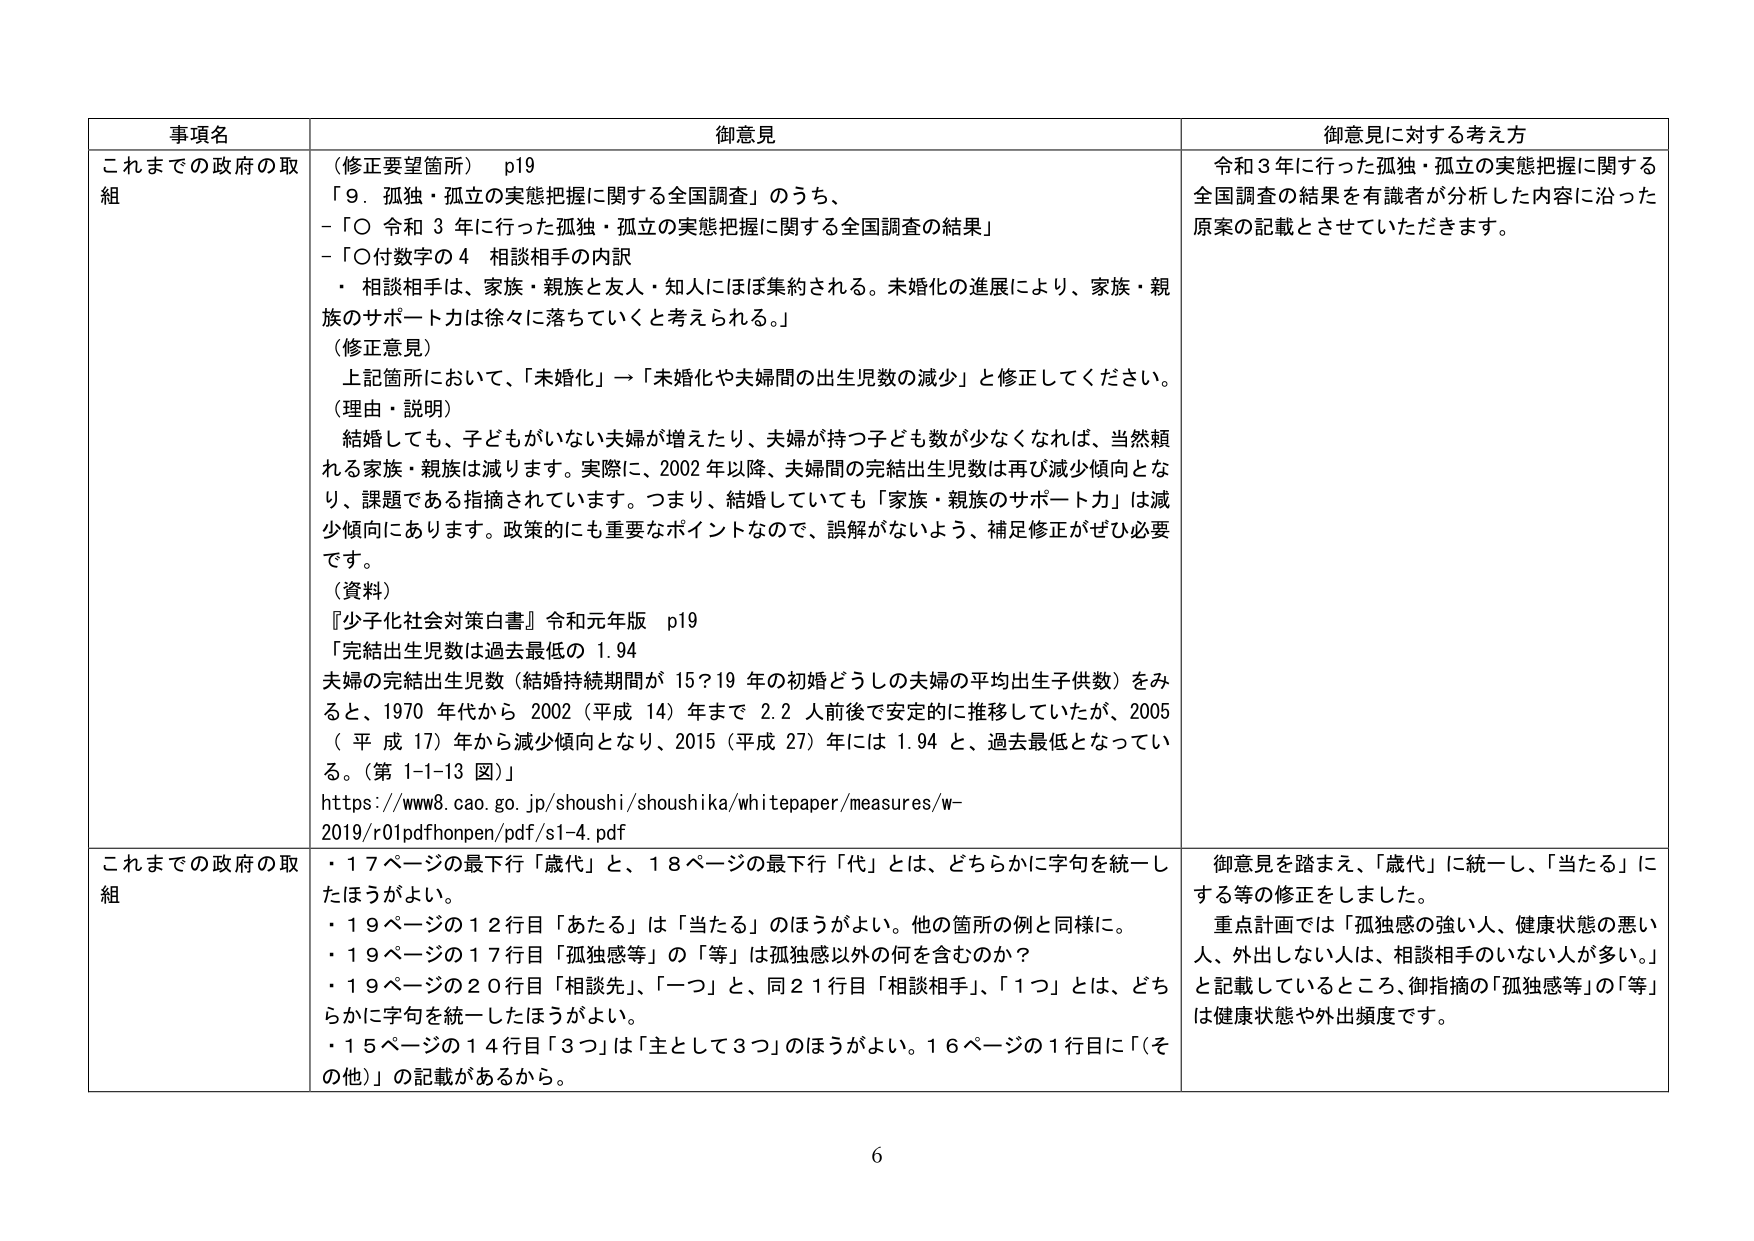
事項名
これまでの政府の取組
御意見
（修正要望箇所） p19
「9．孤独・孤立の実態把握に関する全国調査」のうち、
-「〇 令和 3 年に行った孤独・孤立の実態把握に関する全国調査の結果」
-「〇付数字の 4 相談相手の内訳
・ 相談相手は、家族・親族と友人・知人にほぼ集約される。未婚化の進展により、家族・親族のサポート力は徐々に落ちていくと考えられる。」
（修正意見）
上記箇所において、「未婚化」→「未婚化や夫婦間の出生児数の減少」と修正してください。
（理由・説明）
結婚しても、子どもがいない夫婦が増えたり、夫婦が持ち子ども数が少なくなれば、当然頼れる家族・親族は減ります。実際に、2002 年以降、夫婦間の完結出生児数は再び減少傾向となり、課題である指摘されています。つまり、結婚していても「家族・親族のサポート力」は減少傾向にあります。政策的にも重要なポイントなので、誤解がないよう、補足修正がぜひ必要です。
（資料）
『少子化社会対策白書』令和元年版 p19
「完結出生児数は過去最低の 1.94
夫婦の完結出生児数（結婚持続期間が 15？19 年の初婚どうしの夫婦の平均出生子供数）をみると、1970 年代から 2002（平成 14）年まで 2.2 人前後で安定的に推移していたが、2005（平成 17）年から減少傾向となり、2015（平成 27）年には 1.94 と、過去最低となってい る。（第 1-1-13 図）」
https://www8.cao.go.jp/shoushi/shoushika/whitepaper/measures/w-2019/r01pdfhonpen/pdf/s1-4.pdf
御意見に対する考え方
令和 3 年に行った孤独・孤立の実態把握に関する全国調査の結果を有識者が分析した内容に沿った原案の記載とさせていただきます。
これまでの政府の取組
・17 ページの最下行「歳代」と、18 ページの最下行「代」とは、どちらかに字句を統一したほうがよい。
・19 ページの 12 行目「あたる」は「当たる」のほうがよい。他の箇所の例と同様に。
・19 ページの 17 行目「孤独感等」の「等」は孤独感以外の何を含むのか？
・19 ページの 20 行目「相談先」、「一つ」と、同 21 行目「相談相手」、「1つ」とは、どちらかに字句を統一したほうがよい。
・15 ページの 14 行目「3つ」は「主として3つ」のほうがよい。16 ページの 1 行目に「（その他）」の記載があるから。
御意見を踏まえ、「歳代」に統一し、「当たる」にする等の修正をしました。
重点計画では「孤独感の強い人、健康状態の悪い人、外出しない人は、相談相手のいない人が多い。」と記載しているところ、御指摘の「孤独感等」の「等」は健康状態や外出頻度です。
6